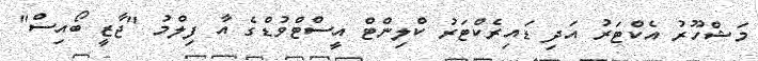
މަޝްހޫރު އެކްޓަރު އަދި ޑައިރެކްޓަރު ކްލިންޓް އީސްޓްވުޑްގެ އާ ފިލްމު "ޖާޒީ ބޯއިސް"